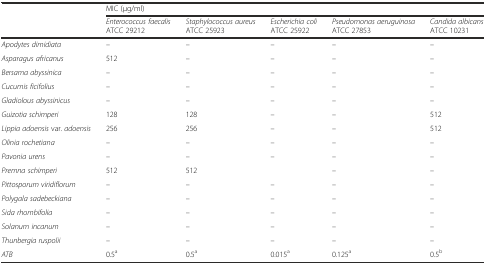
<table><thead><tr><td rowspan="2"></td><td colspan="5"><b>MIC (μg/ml)</b></td></tr><tr><td><b><i>Enterococcus faecalis</i> ATCC 29212</b></td><td><b><i>Staphylococcus aureus</i> ATCC 25923</b></td><td><b><i>Escherichia coli</i> ATCC 25922</b></td><td><b><i>Pseudomonas aeruguinosa</i> ATCC 27853</b></td><td><b><i>Candida albicans</i> ATCC 10231</b></td></tr></thead><tbody><tr><td><i>Apodytes dimidiata</i></td><td>–</td><td>–</td><td>–</td><td>–</td><td>–</td></tr><tr><td><i>Asparagus africanus</i></td><td>512</td><td>–</td><td>–</td><td>–</td><td>–</td></tr><tr><td><i>Bersama abyssinica</i></td><td>–</td><td>–</td><td>–</td><td>–</td><td>–</td></tr><tr><td><i>Cucumis ficifolius</i></td><td>–</td><td>–</td><td>–</td><td>–</td><td>–</td></tr><tr><td><i>Gladiolous abyssinicus</i></td><td>–</td><td>–</td><td>–</td><td>–</td><td>–</td></tr><tr><td><i>Guizotia schimperi</i></td><td>128</td><td>128</td><td>–</td><td>–</td><td>512</td></tr><tr><td><i>Lippia adoensis</i> var. <i>adoensis</i></td><td>256</td><td>256</td><td>–</td><td>–</td><td>512</td></tr><tr><td><i>Olinia rochetiana</i></td><td>–</td><td>–</td><td>–</td><td>–</td><td>–</td></tr><tr><td><i>Pavonia urens</i></td><td>–</td><td>–</td><td>–</td><td>–</td><td>–</td></tr><tr><td><i>Premna schimperi</i></td><td>512</td><td>512</td><td></td><td>–</td><td>–</td></tr><tr><td><i>Pittosporum viridiflorum</i></td><td>–</td><td>–</td><td>–</td><td>–</td><td>–</td></tr><tr><td><i>Polygala sadebeckiana</i></td><td>–</td><td>–</td><td>–</td><td>–</td><td>–</td></tr><tr><td><i>Sida rhombifolia</i></td><td>–</td><td>–</td><td>–</td><td>–</td><td>–</td></tr><tr><td><i>Solanum incanum</i></td><td>–</td><td>–</td><td>–</td><td>–</td><td>–</td></tr><tr><td><i>Thunbergia ruspolii</i></td><td>–</td><td>–</td><td>–</td><td>–</td><td>–</td></tr><tr><td><i>ATB</i></td><td>0.5<sup>a</sup></td><td>0.5<sup>a</sup></td><td>0.015<sup>a</sup></td><td>0.125<sup>a</sup></td><td>0.5<sup>b</sup></td></tr></tbody></table>